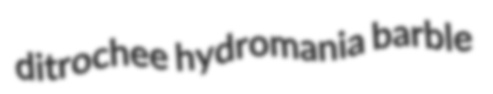
ditrochee hydromania barble